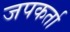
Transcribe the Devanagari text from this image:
जपकर्ता